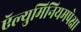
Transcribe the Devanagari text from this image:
ऍल्युमिनियमपेक्षा